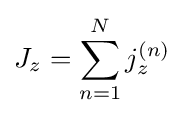
J_{z}=\sum _{n=1}^{N}j_{z}^{(n)}